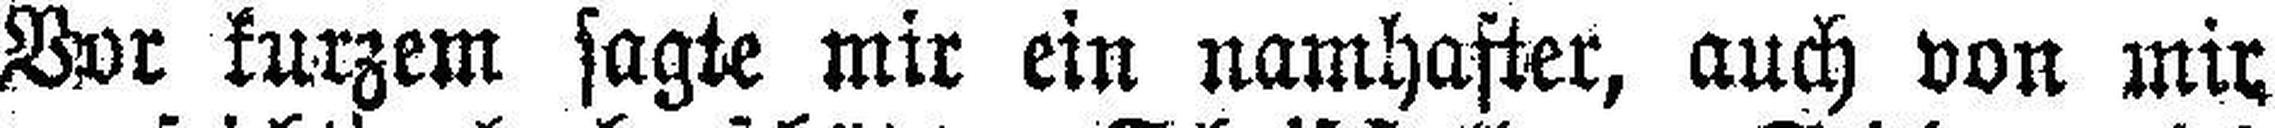
Vor kurzem sagte mir ein namhafter, auch von mir